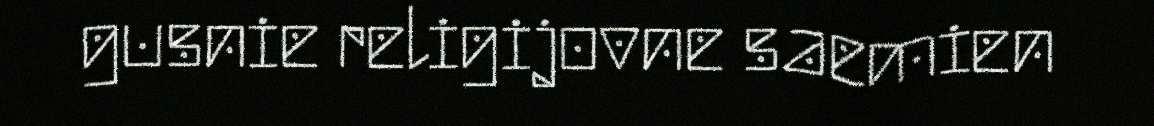
gusnie religijovne saemien